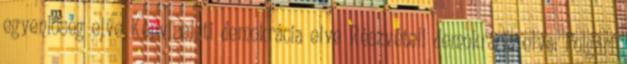
egyenlőség elve Képviseleti demokrácia elve Részvételi demokrácia elve: Polgári